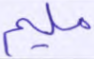
مليم